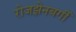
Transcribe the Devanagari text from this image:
रोजझेनबर्गी